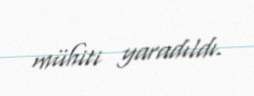
mühiti yaradıldı.